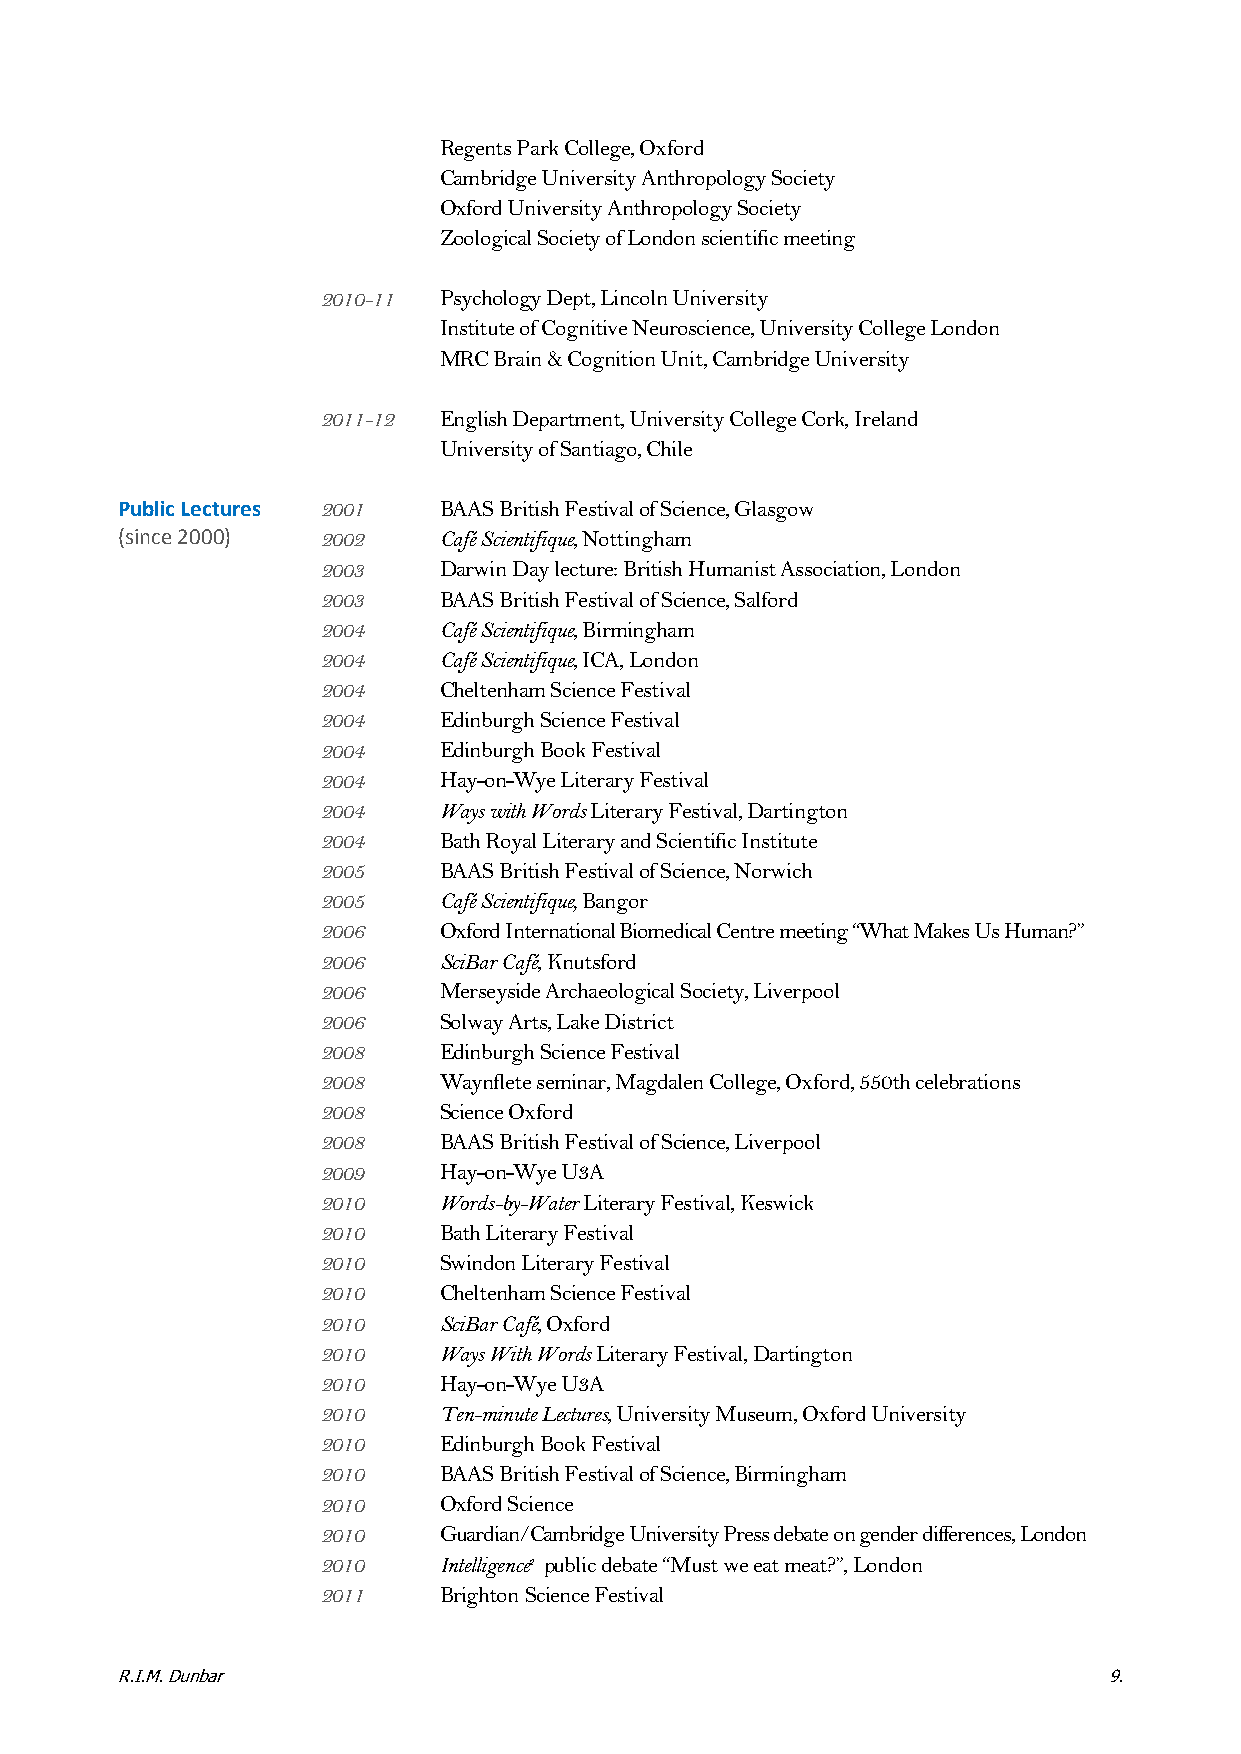
Regents Park College, Oxford
 Cambridge University Anthropology Society
 Oxford University Anthropology Society
 Zoological Society of London scientific meeting
 2010-11 Psychology Dept, Lincoln University
 Institute of Cognitive Neuroscience, University College London
 MRC Brain & Cognition Unit, Cambridge University
 2011-12 English Department, University College Cork, Ireland
 University of Santiago, Chile
 Public Lectures 2001 BAAS British Festival of Science, Glasgow
 (since 2000) 2002    Café Scientifique, Nottingham
 2003    Darwin Day lecture: British Humanist Association, London
 2003    BAAS British Festival of Science, Salford
 2004    Café Scientifique, Birmingham
 2004    Café Scientifique, ICA, London
 2004    Cheltenham Science Festival
 2004    Edinburgh Science Festival
 2004    Edinburgh Book Festival
 2004    Hay-on-Wye Literary Festival
 2004    Ways with Words Literary Festival, Dartington
 2004    Bath Royal Literary and Scientific Institute
 2005    BAAS British Festival of Science, Norwich
 2005    Café Scientifique, Bangor
 2006    Oxford International Biomedical Centre meeting “What Makes Us Human?”
 2006    SciBar Café, Knutsford
 2006    Merseyside Archaeological Society, Liverpool
 2006    Solway Arts, Lake District
 2008    Edinburgh Science Festival
 2008    Waynflete seminar, Magdalen College, Oxford, 550th celebrations
 2008    Science Oxford
 2008    BAAS British Festival of Science, Liverpool
 2009    Hay-on-Wye U3A
 2010    Words-by-Water Literary Festival, Keswick
 2010    Bath Literary Festival
 2010    Swindon Literary Festival
 2010    Cheltenham Science Festival
 2010    SciBar Café, Oxford
 2010    Ways With Words Literary Festival, Dartington
 2010    Hay-on-Wye U3A
 2010    Ten-minute Lectures, University Museum, Oxford University
 2010    Edinburgh Book Festival
 2010    BAAS British Festival of Science, Birmingham
 2010    Oxford Science
 2010    Guardian/Cambridge University Press debate on gender differences, London
 2010    Intelligence2 public debate “Must we eat meat?”, London
 2011    Brighton Science Festival
 R.I.M. Dunbar                                                    9.